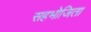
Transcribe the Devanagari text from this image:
सहभोजिता